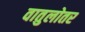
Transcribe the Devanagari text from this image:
वातुलोतर